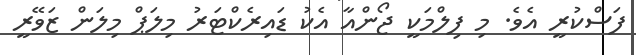
ފަސްކުރީ އެވެ. މި ފިލްމަކީ ޖޯންއާ އެކު ޑައިރެކްޓަރު މިލަޕް މިލަން ޒަވޭރީ